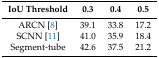
| IoU Threshold | 0.3 | 0.4 | 0.5 |
 | --- | --- | --- | --- |
 | ARCN [8] | 39.1 | 33.8 | 17.2 |
 | SCNN [11] | 41.0 | 35.9 | 18.4 |
 | Segment-tube | 42.6 | 37.5 | 21.2 |